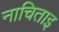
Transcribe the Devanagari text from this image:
नाचिताइ